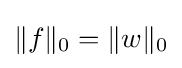
\|f\|_{0}=\|w\|_{0}